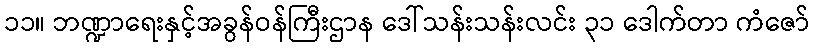
၁၁။ ဘဏ္ဍာရေးနှင့်အခွန်ဝန်ကြီးဌာန ဒေါ်သန်းသန်းလင်း ၃၁ ဒေါက်တာ ကံဇော်